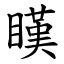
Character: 䁧